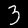
Digit: 3